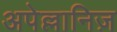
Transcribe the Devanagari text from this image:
अपेल्लानिज़